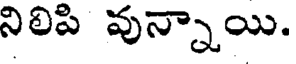
నిలిపి వున్నాయి.